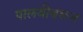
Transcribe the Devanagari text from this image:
पालवीवरून